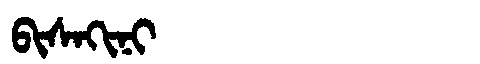
Manchu: ᠪᡳᠰᠠᡴᡳᠨᡳ
Romanization: BISAKINI